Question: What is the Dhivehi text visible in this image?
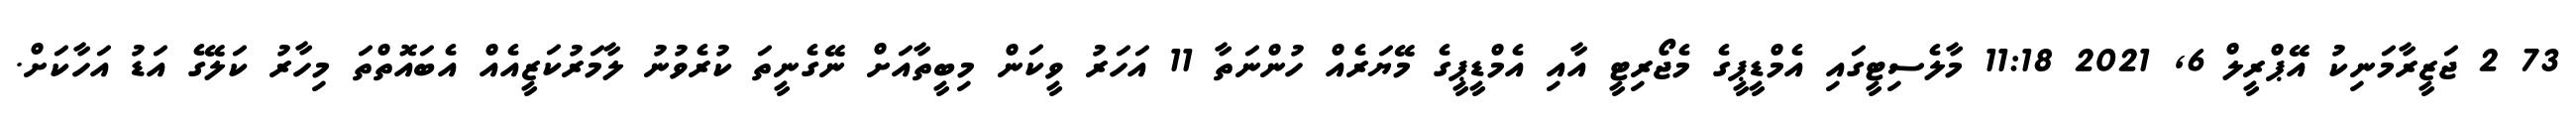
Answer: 73 2 ޖަޒީރާމަނިކު އޭޕްރީލް 6, 2021 11:18 މާލެސިޓީގައި އެމްޑީޕީގެ މެޖޯރިޓީ އާއި އެމްޑީޕީގެ މޭޔަރެއް ހުންނަތާ 11 އަހަރު ވީކަން މިބީތާއަށް ނޭގެނީތަ ކުރެވުނު ލާމަރުކަޒީއެއް އެބައޮތްތަ މިހާރު ކަލޭގެ އަޑު އަހާކަށް.